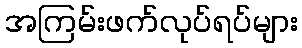
အကြမ်းဖက်လုပ်ရပ်များ